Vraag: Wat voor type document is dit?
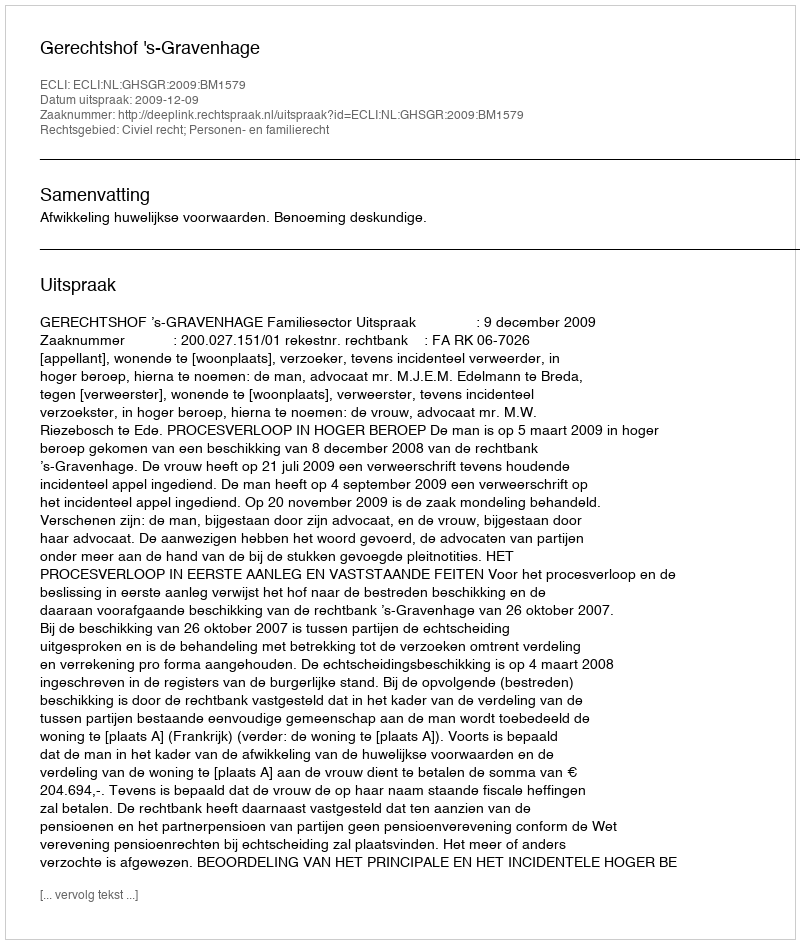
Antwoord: Uitspraak